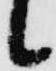
候